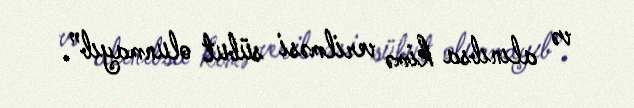
və alınıbsa kimə verilməsi sübut olunmayıb”.